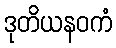
ဒုတိယနဝကံ